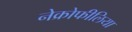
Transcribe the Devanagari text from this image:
नेक्रोफीलिया